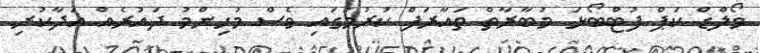
ވޯލްޑް ކަޕް ފުޓްބޯޅަ މުބާރާތް ތައާރަފް ކުރުމުގައި ވެސް މުހިންމު ދައުރެއް އަދާކުރި